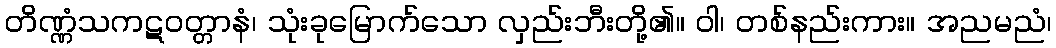
တိဏ္ဏံသကဋဝတ္တာနံ၊ သုံးခုမြောက်သော လှည်းဘီးတို့၏။ ဝါ၊ တစ်နည်းကား။ အညမညံ၊